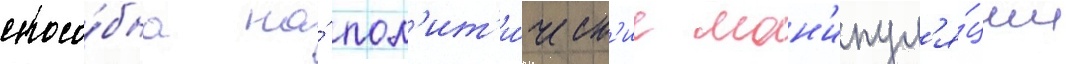
спосо́бна на́ пол'ит'и́ческ'ие ман'ипул'я́ции